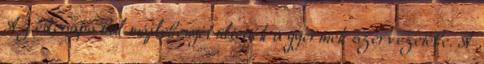
Az édesapa bal májlebenyét ültették a gyermek szervezetébe. A